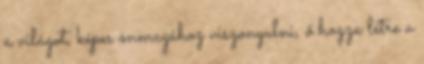
a világot, képes önmagához viszonyulni, ő hozza létre a